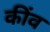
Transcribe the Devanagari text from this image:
कींव